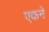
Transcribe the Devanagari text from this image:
एकने